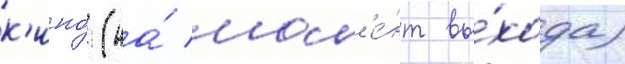
к'ино́ (на́ мом'е́нт вы́хода)